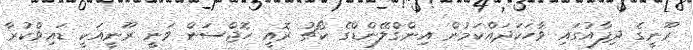
ރޫނީގެ ދިފާއުގައި ވާހަކަދައްކަމުން އިންގްލޭންޑްގެ ކޯޗު ރޮއީ ހޮޖްސަން ވަނީ ރޫނީއަކީ ޑައިވްކުރާ